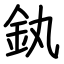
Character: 釻